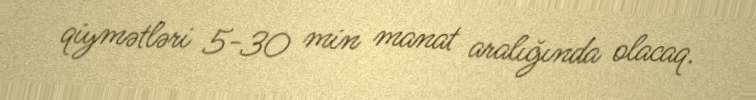
qiymətləri 5-30 min manat aralığında olacaq.